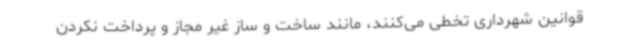
قوانین شهرداری تخطی می‌کنند، مانند ساخت و ساز غیر مجاز و پرداخت نکردن